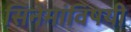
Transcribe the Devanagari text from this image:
सिनेमांविषयी